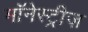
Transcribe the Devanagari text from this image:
मॉनेस्ट्रीज़